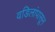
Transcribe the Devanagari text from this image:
वडिलांपासून